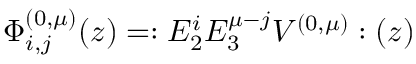
\Phi _ { i , j } ^ { ( 0 , \mu ) } ( z ) = : E _ { 2 } ^ { i } E _ { 3 } ^ { \mu - j } V ^ { ( 0 , \mu ) } : ( z )